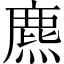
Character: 麃